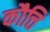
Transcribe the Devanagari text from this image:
कौत्ति